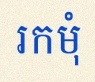
រកមុំ